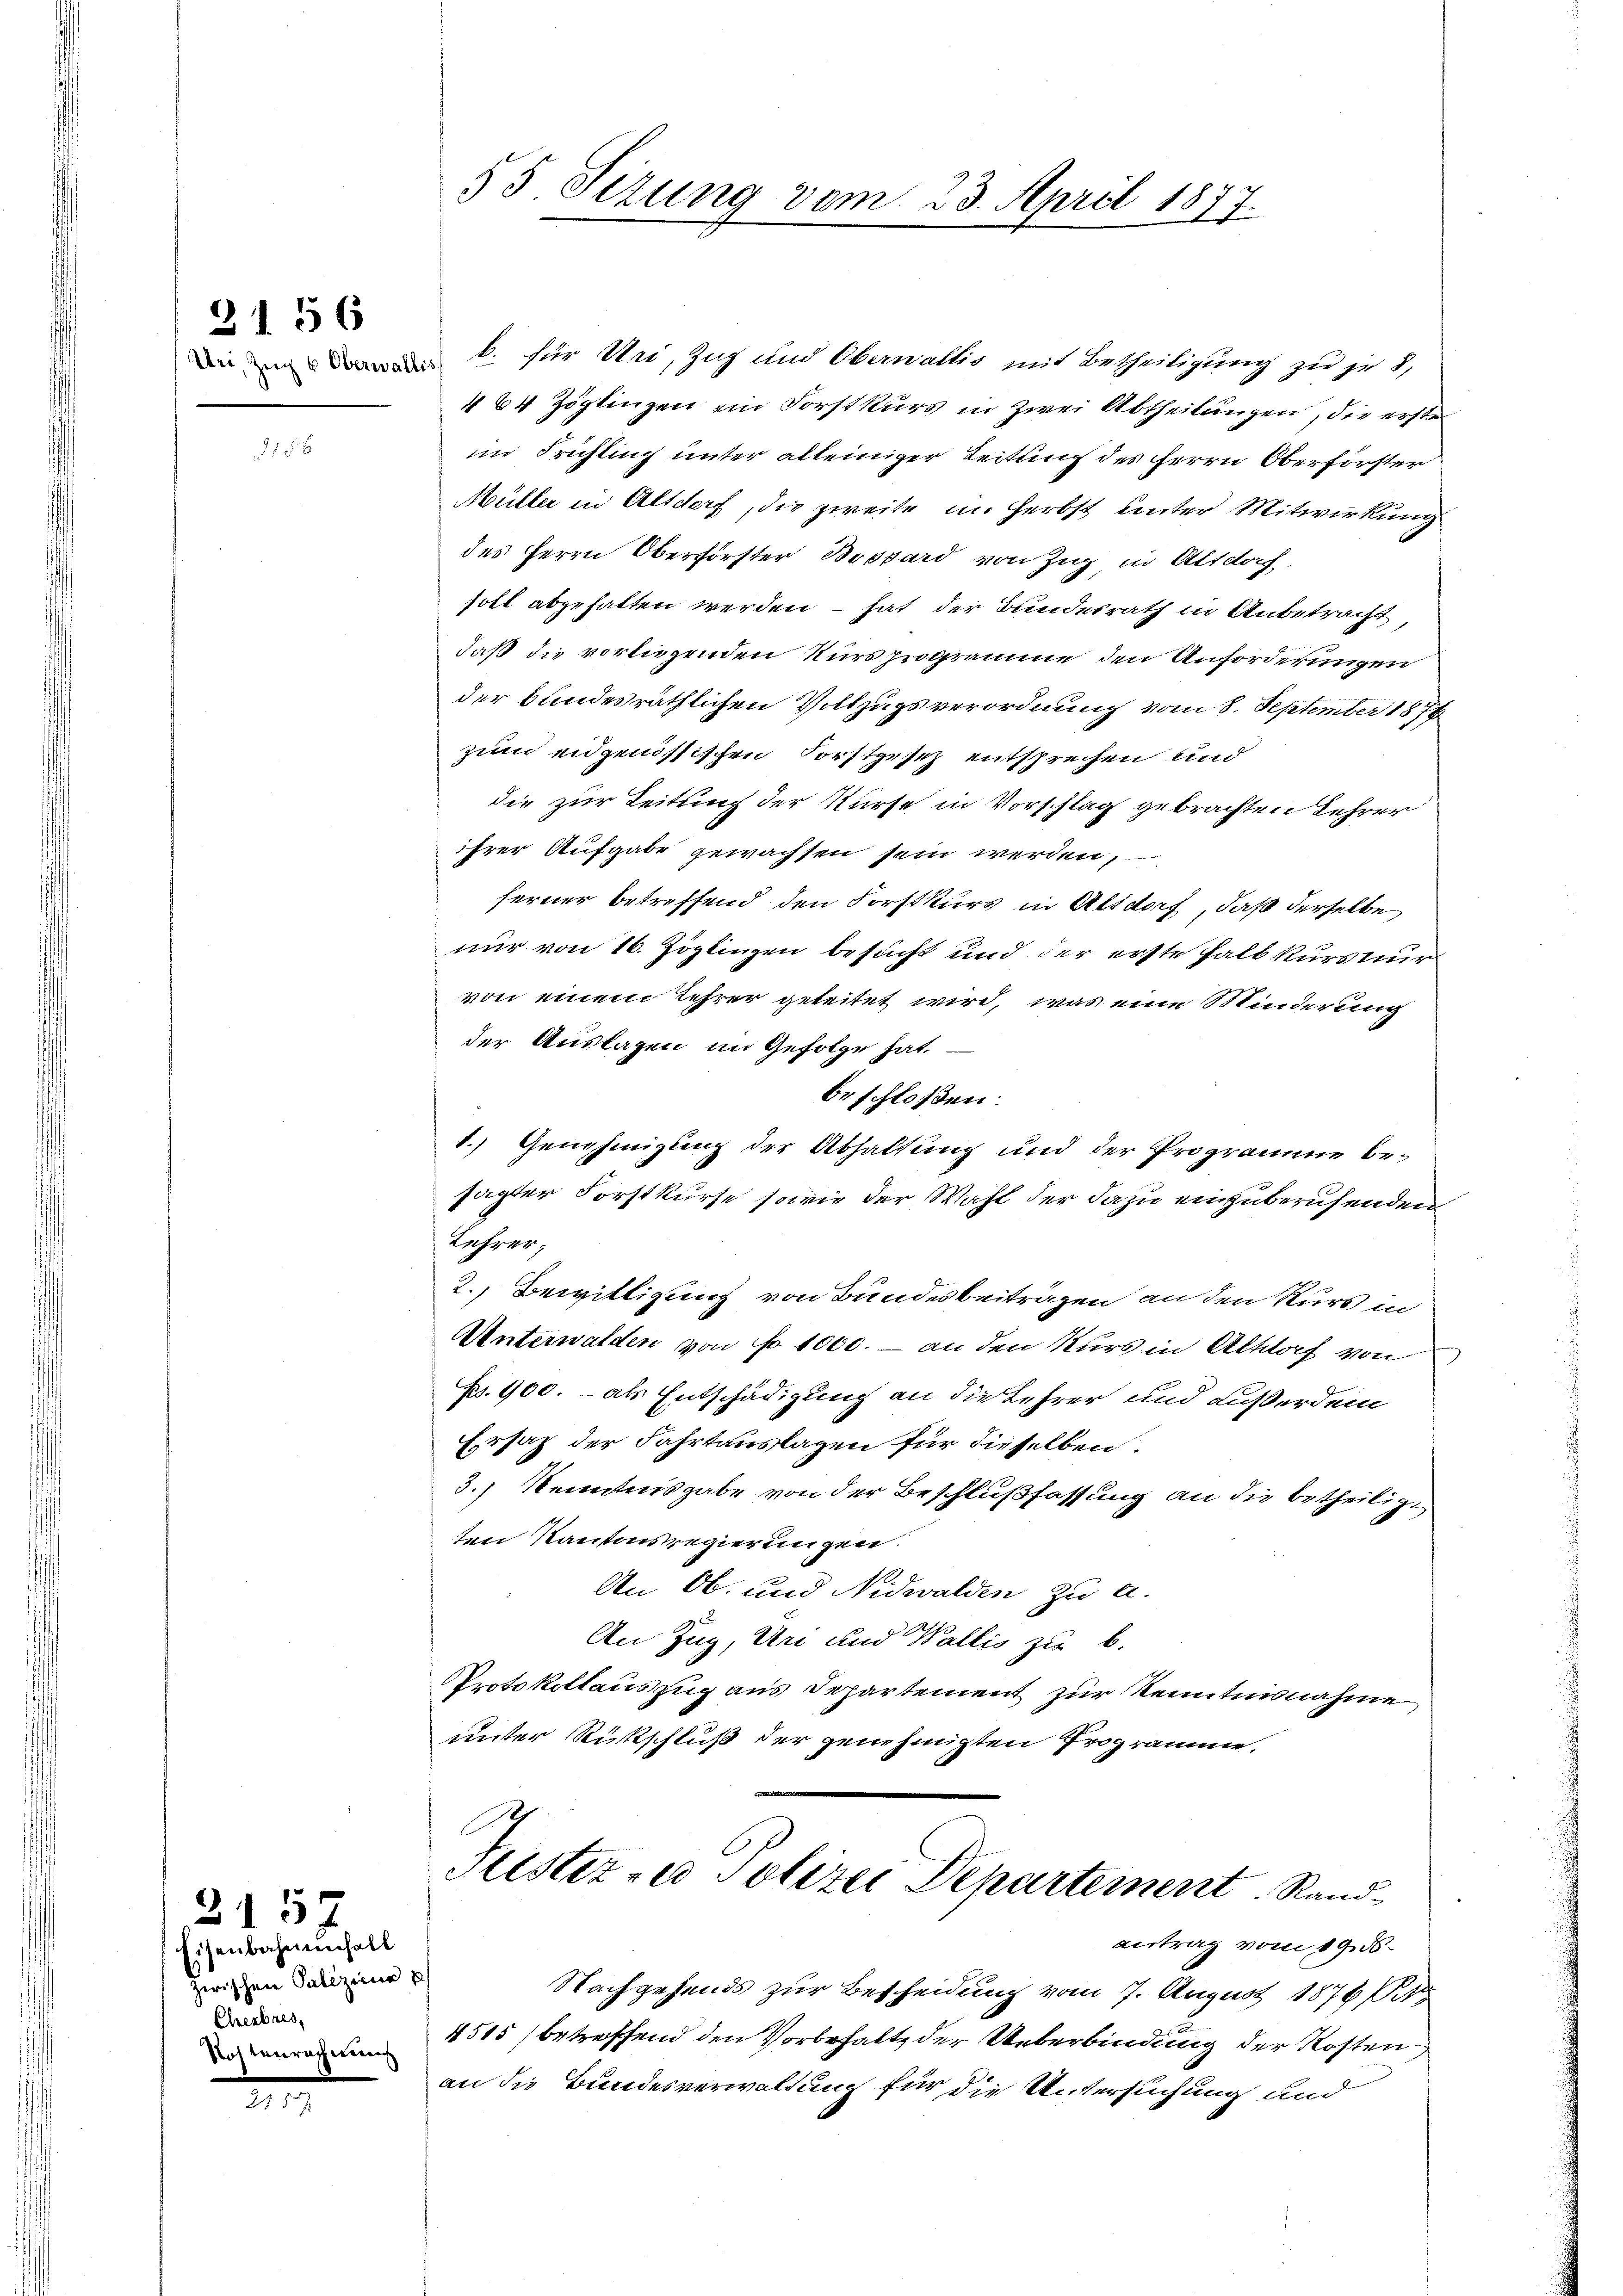
3156

3157
Eisenbahnenfall
zwischen Palizien u
Chenbres,
Rottenrechnen

.

k. für Uri, Zug und Oberwaltis mit Betheiligung zu je 8,
464 Zöglingen ein Forstkurs in zwei Abtheilungen, die ersten
im Früchling unter alleiniger Leitung des Herrn Oberförster
Müller in Altdorf, die zweite im Herbst unter Mitwirkung
des Herrn Oberförster Bespard von Zug, in Altdorf.
soll abgehalten werden, – hat der Bundesrath in Anbetracht,
daß die vorliegenden Kurs zugramme den Anforderungen
der bundesräthlichen Vollzugsverordnung vom 8. September 1876
zum eidgenössischen Forstgesetz entsprechen und
die zur Leitung der Kurse in Vorschlag gebrachten Lehrer
ihrer Aufgabe gewachsen sein werden,
ferner betreffend den Forstkurs in Altdorf, daß derselbe
nur von 16. Zöglingen besucht und der erste halb kurs nur
von einem Lehrer geleitet wird, was eine Minderung
der Auslagen im Gefolge hat
beschloßen:
1.) Genehmigung der Abhaltung und der Programme besagter Forstkurse sowie der Wahl der dazu einzuberuhenden
Lehrer,
2. Bewilligung von Bundesbeiträgen an den Nur in
Unterwalden von No 1000. - an den Kurs in Altorf von
Fr. 900. - als Entschädigung an die Lehrer und Fußerdem
Ersatz der Fahrtauslagen für dieselben.
3.) Kenntnisgabe von der Beschlußfassung an die betheiligt
ten Kantonsregierungen.
An Ob- und Nidwalden zu a.
An Zug, Uri und Wallis zu b
Protokollauszug aus Departement zur Kenntnisnahme,
unter Rückschluß der genehmigten Programme,

§ 5. Sizung vom 23. April 1817.

Nachgehends zur Bescheidung vom 7. August 1876 St
4515) betreffend den Vorbehalt der Ueberbindung der Kosten
an die Bundesverwaltung für die Untersuchung und

A
Seester- u Polizei Departement Rand-
antrag vom 19. ds.